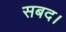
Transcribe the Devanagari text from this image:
सबद।